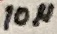
Text: 10µ